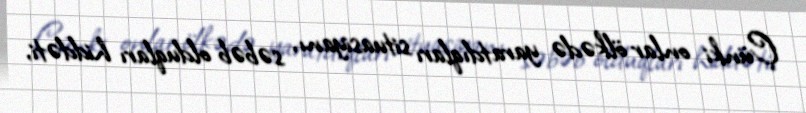
Çünki onlar ölkədə yaratdıqları situasiyanı, səbəb olduqları hiddəti,